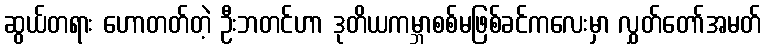
ဆွယ်တရား ဟောတတ်တဲ့ ဦးဘတင်ဟာ ဒုတိယကမ္ဘာစစ်မဖြစ်ခင်ကလေးမှာ လွှတ်တော်အမတ်